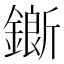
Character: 𨬅